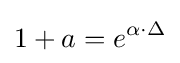
1+a=e^{\alpha \cdot \Delta }